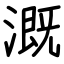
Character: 溉